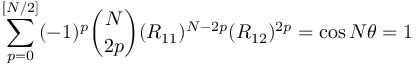
\sum _ { p = 0 } ^ { [ N / 2 ] } ( - 1 ) ^ { p } { \binom { N } { 2 p } } ( R _ { 1 1 } ) ^ { N - 2 p } ( R _ { 1 2 } ) ^ { 2 p } = \cos N \theta = 1